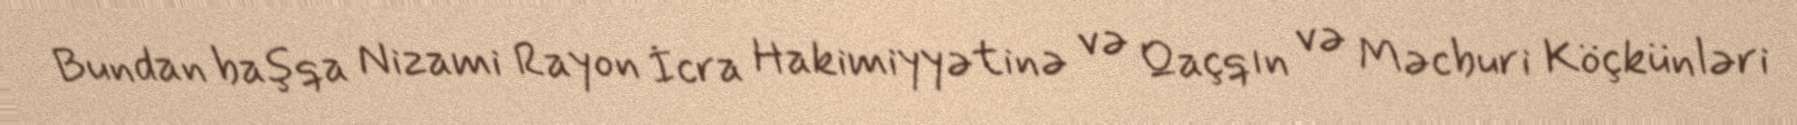
Bundan başqa Nizami Rayon İcra Hakimiyyətinə və Qaçqın və Məcburi Köçkünləri